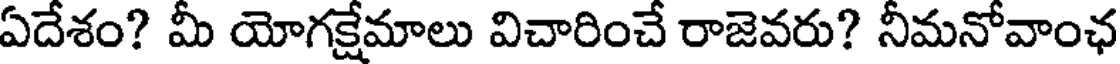
ఏదేశం? మీ యోగక్షేమాలు విచారించే రాజెవరు? నీమనోవాంఛ